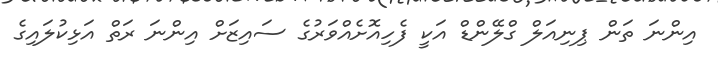
އިންނަ ތަން ޕިނިއަލް ގްލޭންޑް އަކީ ފެހިއޮށެއްވަރުގެ ސައިޒަށް އިންނަ ރަތް އަޅިކުލައިގެ